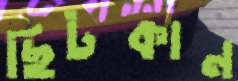
ছিটকান